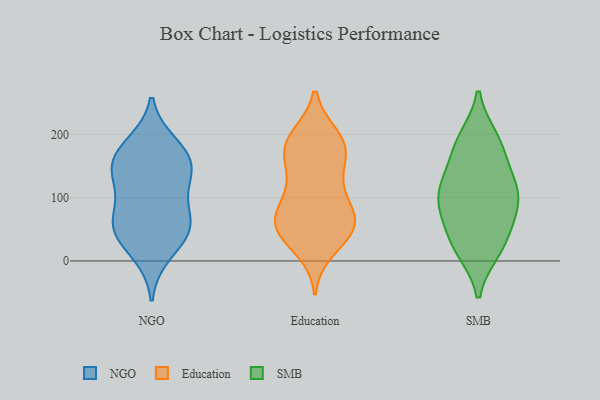
{"axis": {"x": "Gross Profit (USD K)", "y": "Value"}, "legend": ["Education", "NGO", "SMB"], "data": [{"x": "", "y": 53, "type": "NGO"}, {"x": "", "y": 52, "type": "NGO"}, {"x": "", "y": 12, "type": "NGO"}, {"x": "", "y": 172, "type": "NGO"}, {"x": "", "y": 128, "type": "NGO"}, {"x": "", "y": 183, "type": "NGO"}, {"x": "", "y": 133, "type": "NGO"}, {"x": "", "y": 156, "type": "NGO"}, {"x": "", "y": 153, "type": "NGO"}, {"x": "", "y": 90, "type": "NGO"}, {"x": "", "y": 52, "type": "NGO"}, {"x": "", "y": 54, "type": "NGO"}, {"x": "", "y": 168, "type": "Education"}, {"x": "", "y": 182, "type": "Education"}, {"x": "", "y": 56, "type": "Education"}, {"x": "", "y": 71, "type": "Education"}, {"x": "", "y": 45, "type": "Education"}, {"x": "", "y": 71, "type": "Education"}, {"x": "", "y": 50, "type": "Education"}, {"x": "", "y": 196, "type": "Education"}, {"x": "", "y": 92, "type": "Education"}, {"x": "", "y": 120, "type": "Education"}, {"x": "", "y": 63, "type": "Education"}, {"x": "", "y": 19, "type": "Education"}, {"x": "", "y": 37, "type": "Education"}, {"x": "", "y": 194, "type": "Education"}, {"x": "", "y": 185, "type": "Education"}, {"x": "", "y": 66, "type": "Education"}, {"x": "", "y": 177, "type": "Education"}, {"x": "", "y": 148, "type": "Education"}, {"x": "", "y": 122, "type": "Education"}, {"x": "", "y": 17, "type": "SMB"}, {"x": "", "y": 28, "type": "SMB"}, {"x": "", "y": 107, "type": "SMB"}, {"x": "", "y": 58, "type": "SMB"}, {"x": "", "y": 77, "type": "SMB"}, {"x": "", "y": 178, "type": "SMB"}, {"x": "", "y": 112, "type": "SMB"}, {"x": "", "y": 104, "type": "SMB"}, {"x": "", "y": 81, "type": "SMB"}, {"x": "", "y": 20, "type": "SMB"}, {"x": "", "y": 144, "type": "SMB"}, {"x": "", "y": 193, "type": "SMB"}, {"x": "", "y": 121, "type": "SMB"}, {"x": "", "y": 189, "type": "SMB"}]}